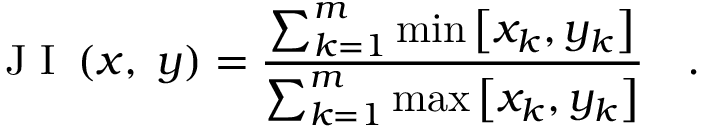
\mathrm { ~ J ~ I ~ } \left( x , \; y \right) = \frac { \sum _ { k = 1 } ^ { m } \operatorname* { m i n } \left[ x _ { k } , y _ { k } \right] } { \sum _ { k = 1 } ^ { m } \operatorname* { m a x } \left[ x _ { k } , y _ { k } \right] } \quad .